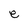
Character: e